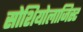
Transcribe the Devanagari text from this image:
सोशियोलाजिस्ट